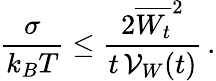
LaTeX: \frac{\sigma}{k_{B}T}\le\frac{2\overline{{W_{t}}}^{2}}{t\, {\cal V}_{W}(t)}\, .